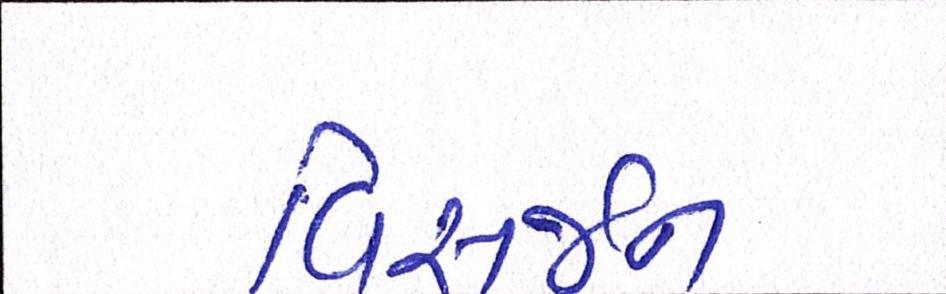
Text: વિસર્જન